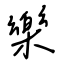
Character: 樂